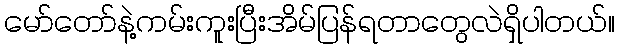
မော်တော်နဲ့ကမ်းကူးပြီးအိမ်ပြန်ရတာတွေလဲရှိပါတယ်။